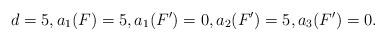
LaTeX: \begin{align*} d = 5, a_1(F) = 5, a_1(F') = 0, a_2(F') = 5, a_3(F') = 0.\end{align*}